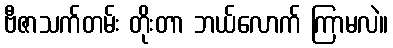
ဗီဇာသက်တမ်း တိုးတာ ဘယ်လောက် ကြာမလဲ။